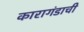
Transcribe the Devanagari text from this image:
कारागंडाची